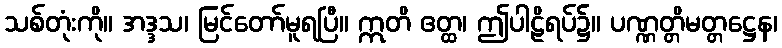
သစ်တုံးကို။ အဒ္ဒသ၊ မြင်တော်မူရပြီ။ ဣတိ ဧတ္ထ၊ ဤပါဠိရပ်၌။ ပဏ္ဏတ္တိမတ္တဋ္ဌေန၊